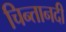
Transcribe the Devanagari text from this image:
चिन्तानदी